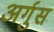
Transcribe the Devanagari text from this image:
अर्गुस